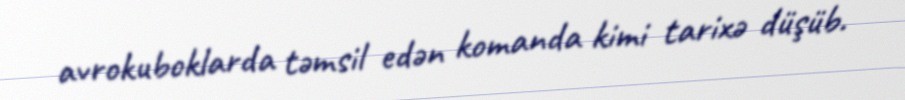
avrokuboklarda təmsil edən komanda kimi tarixə düşüb.